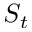
S _ { t }